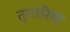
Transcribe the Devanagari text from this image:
तुरतरिया